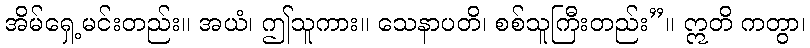
အိမ်ရှေ့မင်းတည်း။ အယံ၊ ဤသူကား။ သေနာပတိ၊ စစ်သူကြီးတည်း”။ ဣတိ ကတွာ၊